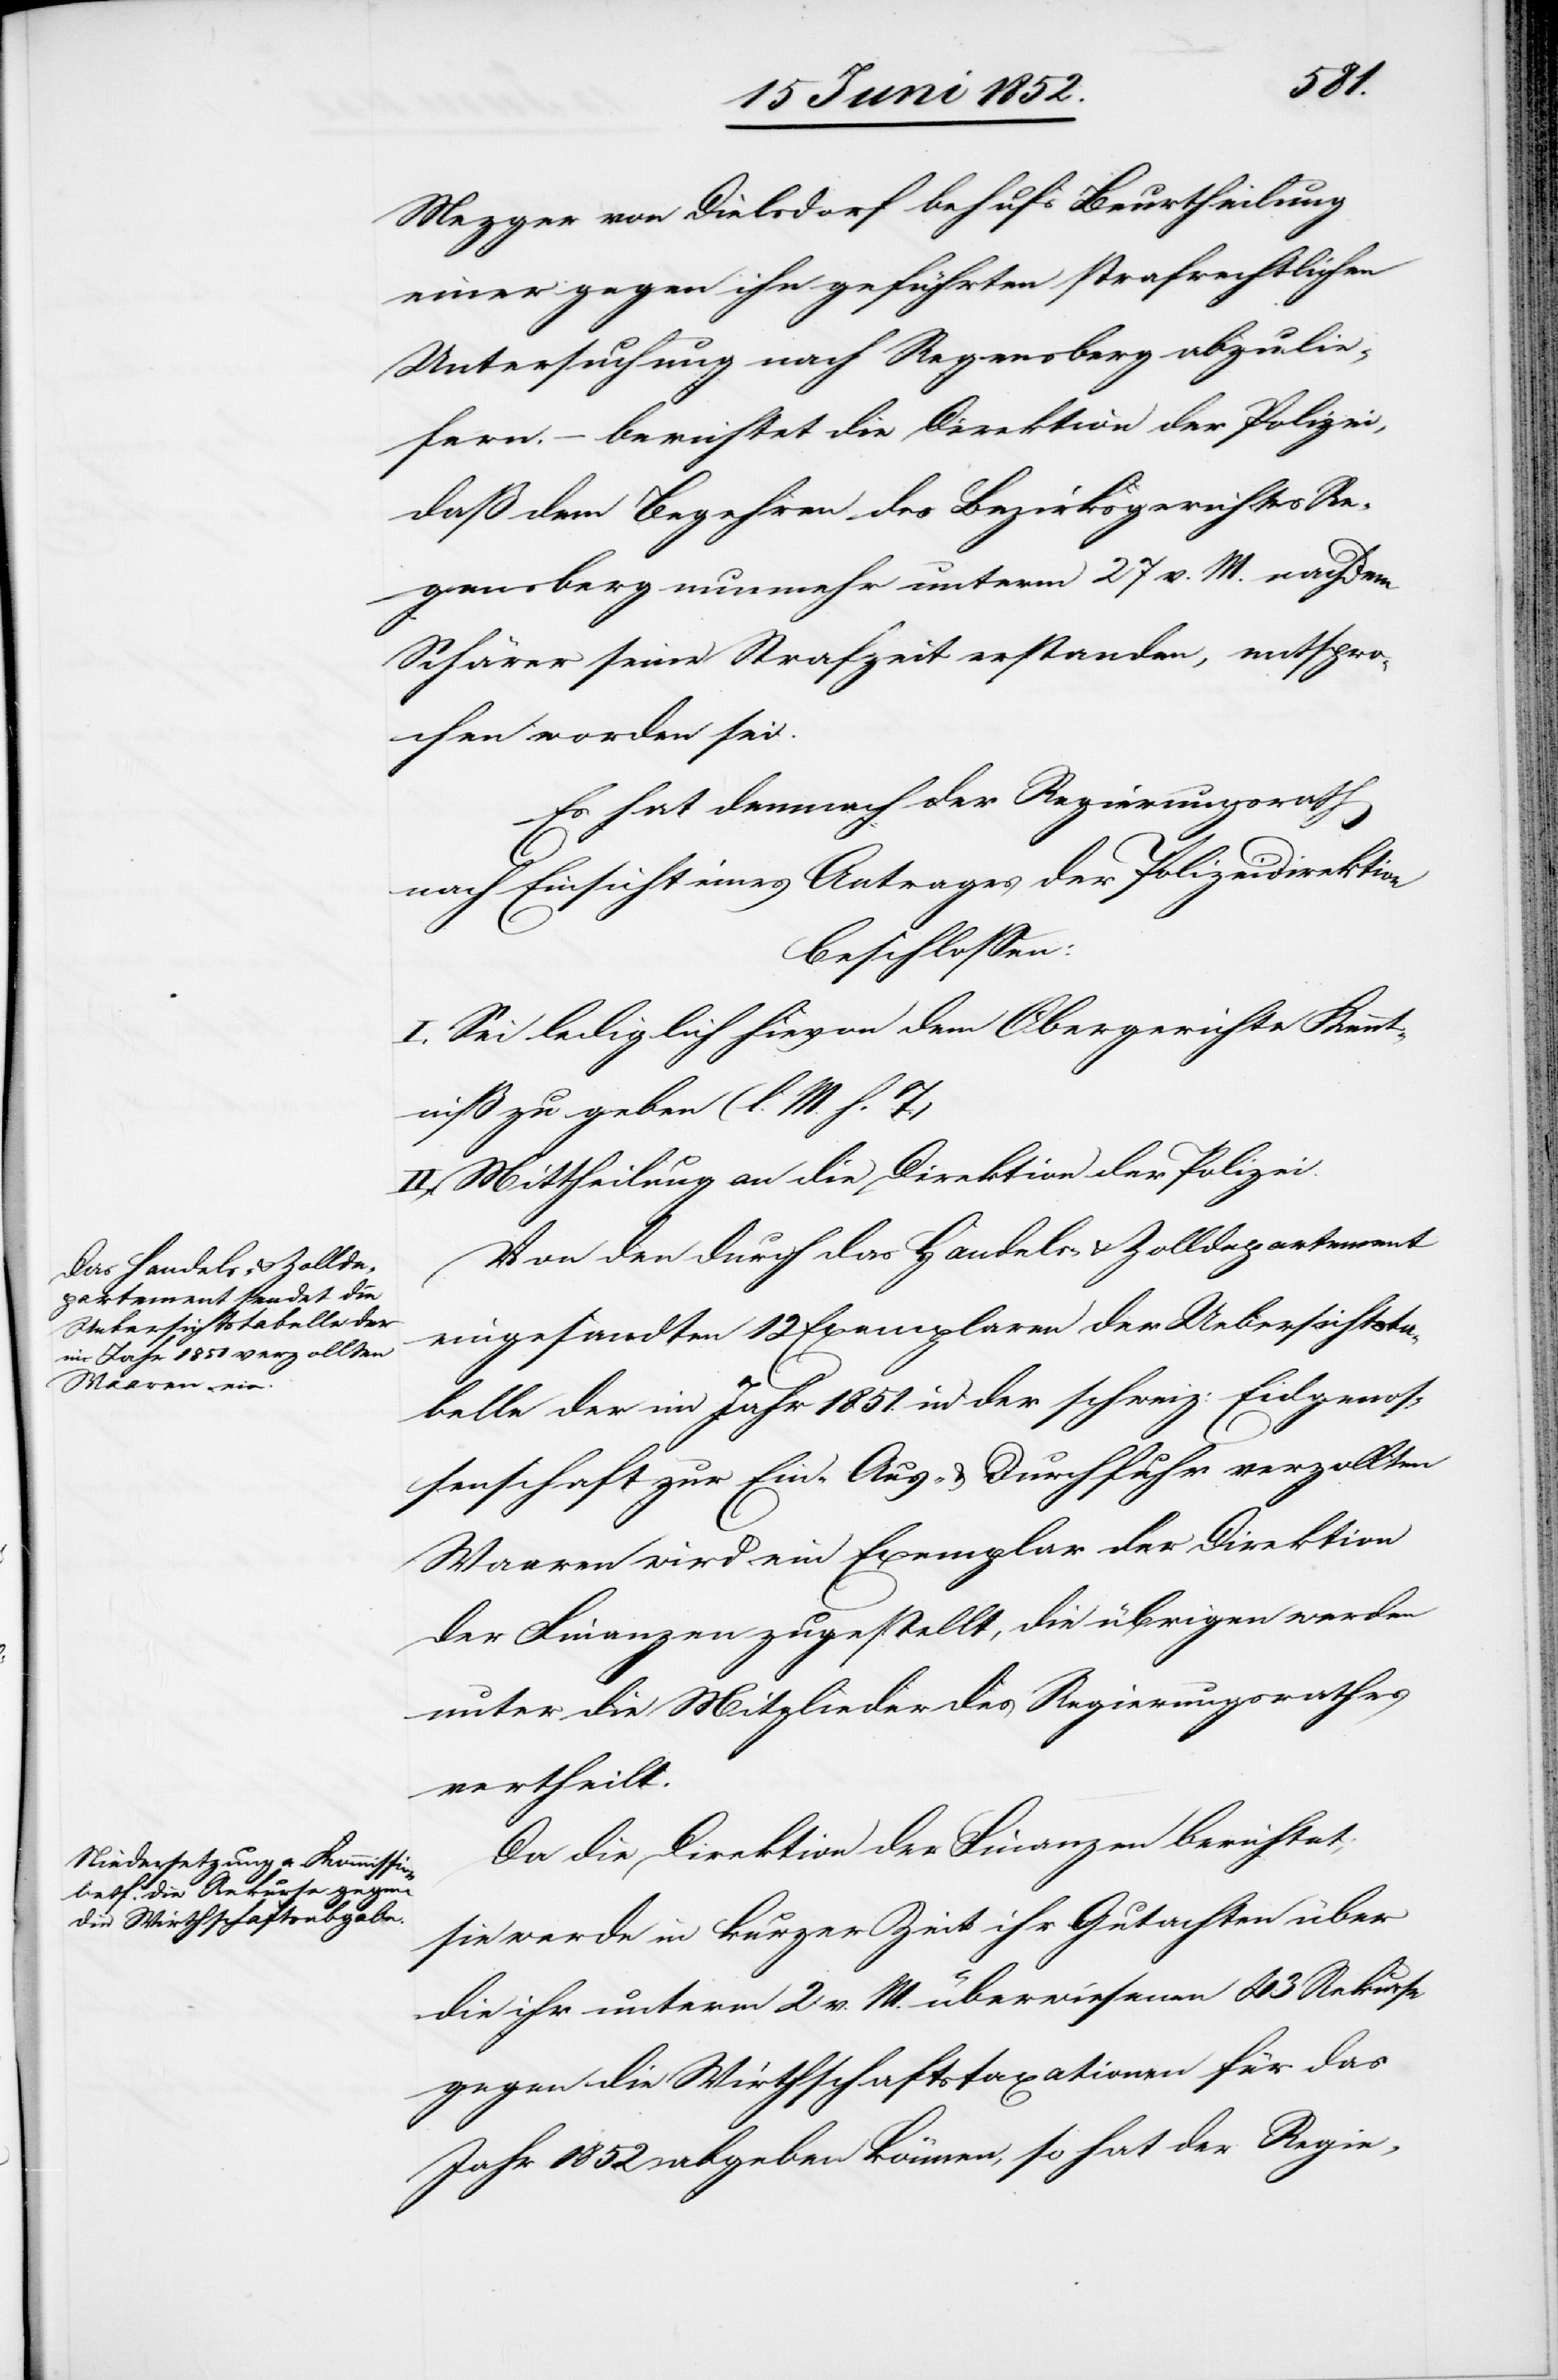
Me[t]zger von Dielsdorf behufs Beurtheilung
einer gegen ihn geführten strafrechtlichen
Untersuchung nach Regensberg abzulie¬
fern. – berichtet die Direktion der Polizei,
daß dem Begehren des Bezirksgerichtes Re¬
gensberg nunmehr unterm 27 v. M. nachdem
Schärer seine Strafzeit erstanden, entspro¬
chen worden sei.
Es hat demnach der Regierungsrath
nach Einsicht eines Antrages der Polizeidirektion
beschlossen:
I. Sei lediglich hievon dem Obergerichte Kennt¬
niß zu geben (l. M. h. T.)
II. Mittheilung an die Direktion der Polizei.
Von den durch das Handels- & Zolldepartement
eingesandten 12 Exemplaren der Uebersichtsta¬
belle der im Jahr 1851. in der schweiz: Eidgenos¬
senschaft zur Ein-[,] Aus- & Durchfuhr verzollten
Waaren wird ein Exemplar der Direktion
der Finanzen zugestellt, die übrigen werden
unter die Mitglieder des Regierungsrathes
vertheilt.
Da die Direktion der Finanzen berichtet,
sie werde in kurzer Zeit ihr Gutachten über
die ihr unterm 2 v. M. überwiesenen 43 Rekurse
gegen die Wirthschaftstaxationen für das
Jahr 1852 abgeben können, so hat der Regie-